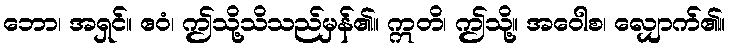
ဘော၊ အရှင်။ ဧဝံ၊ ဤသို့သိသည်မှန်၏။ ဣတိ၊ ဤသို့။ အဝေါစ၊ လျှောက်၏။